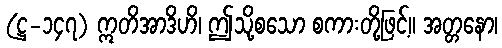
(ဋ္ဌ-၁၄၇) ဣတိအာဒိဟိ၊ ဤသို့စသော စကားတို့ဖြင့်။ အတ္တနော၊